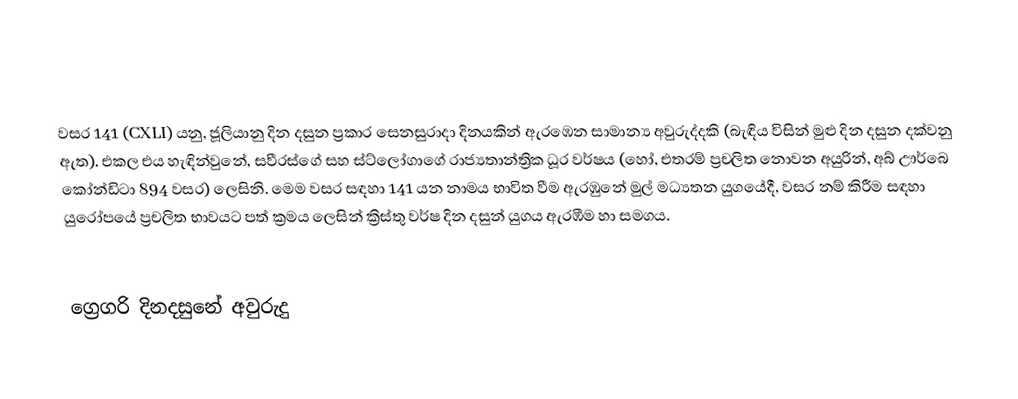

වසර 141 (CXLI) යනු,  ජූලියානු දින දසුන ප්‍රකාර   සෙනසුරාදා දිනයකින් ඇරඹෙන සාමාන්‍ය අවුරුද්දකි  (බැඳිය විසින් මුළු දින දසුන දක්වනු ඇත). එකල එය හැඳින්වුනේ, සවීරස්ගේ සහ ස්ට්ලෝගාගේ රාජ්‍යතාන්ත්‍රික  ධූර වර්ෂය (හෝ, එතරම් ප්‍රචලිත නොවන අයුරින්,  අබ් ඌර්බෙ කෝන්ඩිටා  894 වසර) ලෙසිනි.  මෙම වසර සඳහා 141 යන නාමය භාවිත වීම ඇරඹුනේ මුල් මධ්‍යතන යුගයේදී, වසර නම් කිරීම සඳහා යුරෝපයේ ප්‍රචලිත භාවයට පත් ක්‍රමය ලෙසින් ක්‍රිස්තු වර්ෂ දින දසුන් යුගය ඇරඹීම හා සමගය.

ග්‍රෙගරි දිනදසුනේ අවුරුදු